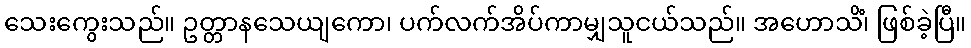
သေးကွေးသည်။ ဥတ္တာနသေယျကော၊ ပက်လက်အိပ်ကာမျှသူငယ်သည်။ အဟောသိံ၊ ဖြစ်ခဲ့ပြီ။